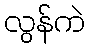
လွန်ကဲ